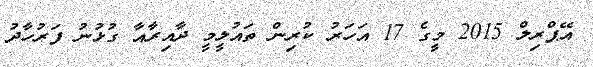
އޭޕްރިލް 2015 މީގެ 17 އަހަރު ކުރިން ތައުލީމީ ދާއިރާއާ ގުޅުނު ފަރުހާދު